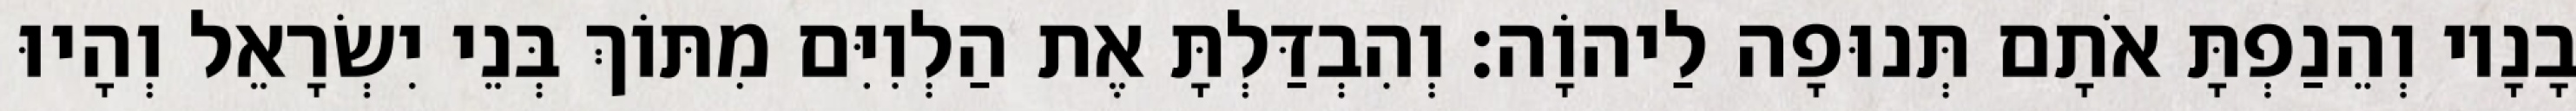
בָנָיו וְהֵנַפְתָּ אֹתָם תְּנוּפָה לַיהוָֹה׃ וְהִבְדַּלְתָּ אֶת הַלְוִיִּם מִתּוֹךְ בְּנֵי יִשְׂרָאֵל וְהָיוּ